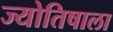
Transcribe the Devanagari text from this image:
ज्योतिषाला